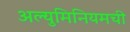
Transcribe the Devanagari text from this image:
अल्युमिनियमची